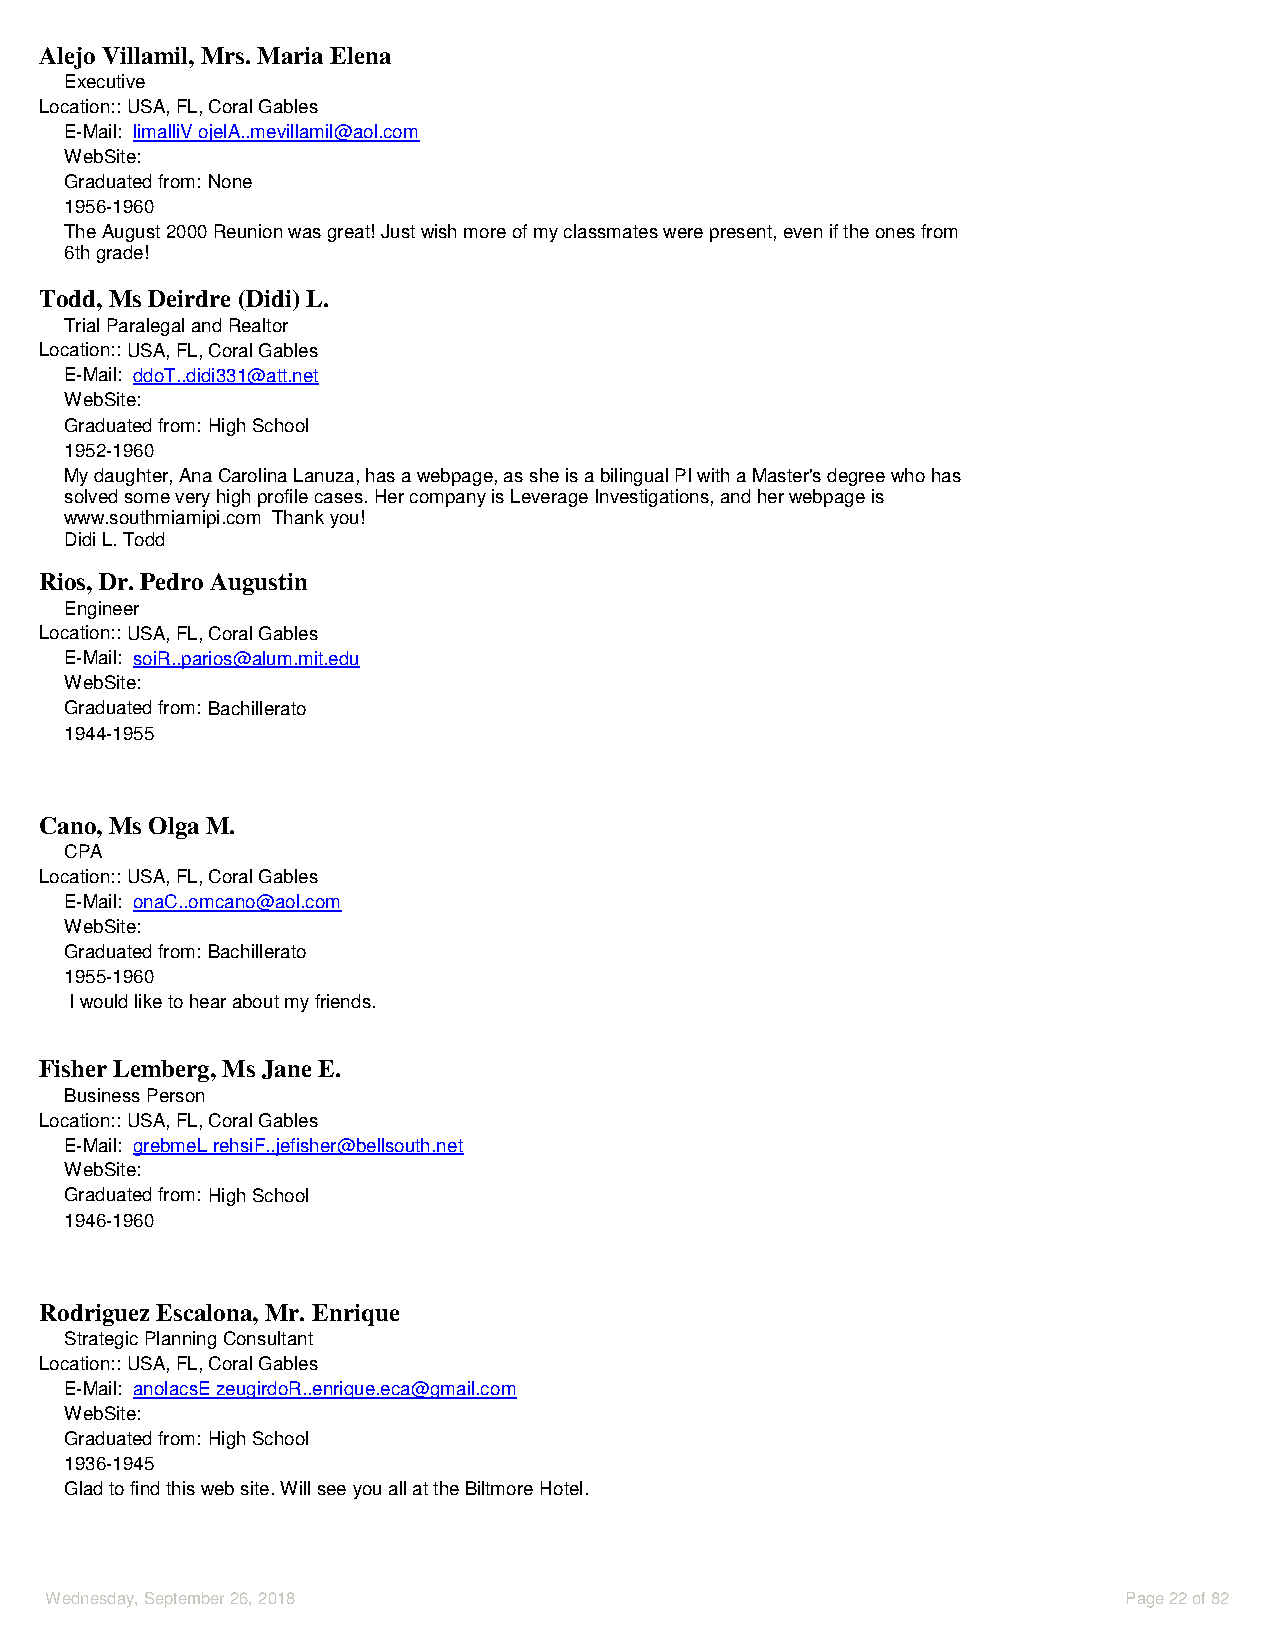
Alejo Villamil, Mrs. Maria Elena
 Executive
 Location::USA, FL, Coral Gables
 E-Mail: limalliV ojelA..mevillamil@aol.com
 WebSite:
 Graduated from: None
 1956-1960
 The August 2000 Reunion was great! Just wish more of my classmates were present, even if the ones from
 6th grade!
 Todd, Ms Deirdre (Didi) L.
 Trial Paralegal and Realtor
 Location::USA, FL, Coral Gables
 E-Mail: ddoT..didi331@att.net
 WebSite:
 Graduated from: High School
 1952-1960
 My daughter, Ana Carolina Lanuza, has a webpage, as she is a bilingual PI with a Master's degree who has
 solved some very high profile cases. Her company is Leverage Investigations, and her webpage is
 www.southmiamipi.com Thank you!
 Didi L. Todd
 Rios, Dr. Pedro Augustin
 Engineer
 Location::USA, FL, Coral Gables
 E-Mail: soiR..parios@alum.mit.edu
 WebSite:
 Graduated from: Bachillerato
 1944-1955
 Cano, Ms Olga M.
 CPA
 Location::USA, FL, Coral Gables
 E-Mail: onaC..omcano@aol.com
 WebSite:
 Graduated from: Bachillerato
 1955-1960
 I would like to hear about my friends.
 Fisher Lemberg, Ms Jane E.
 Business Person
 Location::USA, FL, Coral Gables
 E-Mail: grebmeL rehsiF..jefisher@bellsouth.net
 WebSite:
 Graduated from: High School
 1946-1960
 Rodriguez Escalona, Mr. Enrique
 Strategic Planning Consultant
 Location::USA, FL, Coral Gables
 E-Mail: anolacsE zeugirdoR..enrique.eca@gmail.com
 WebSite:
 Graduated from: High School
 1936-1945
 Glad to find this web site. Will see you all at the Biltmore Hotel.
 Wednesday, September 26, 2018                                           Page 22 of 82